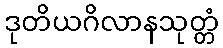
ဒုတိယဂိလာနသုတ္တံ